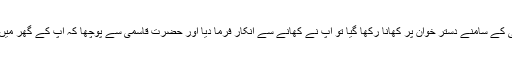
جب حضرت صدیقیؒ کے سامنے دستر خوان پر کھانا رکھا گیا تو آپ نے کھانے سے انکار فرما دیا اور حضرت قاسمیؒ سے پوچھا کہ آپ کے گھر میں سؤر کہاں سے آیا؟